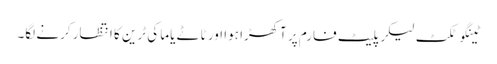
ٹینگو ٹکٹ لیکر پلیٹ فارم پر آکھڑا ہوا اور ٹاٹے یاما کی ٹرین کا انتظار کرنے لگا۔